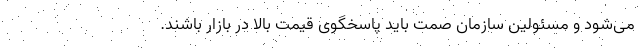
‌می‌شود و مسئولین سازمان صمت باید پاسخگوی قیمت بالا در بازار باشند.